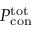
P _ { \mathrm { c o n } } ^ { \mathrm { t o t } }